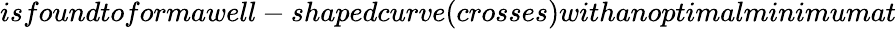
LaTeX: isfoundtoformawell-shapedcurve(crosses)withanoptimalminimumat